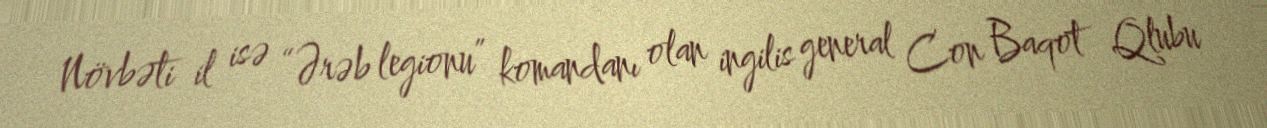
Növbəti il isə “Ərəb legionu” komandanı olan ingilis general Con Baqot Qlubu